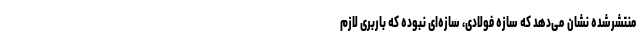
منتشرشده نشان می‌دهد که سازه فولادی، سازه‌ای نبوده که باربری لازم